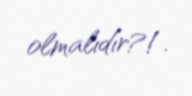
olmalıdır?!.